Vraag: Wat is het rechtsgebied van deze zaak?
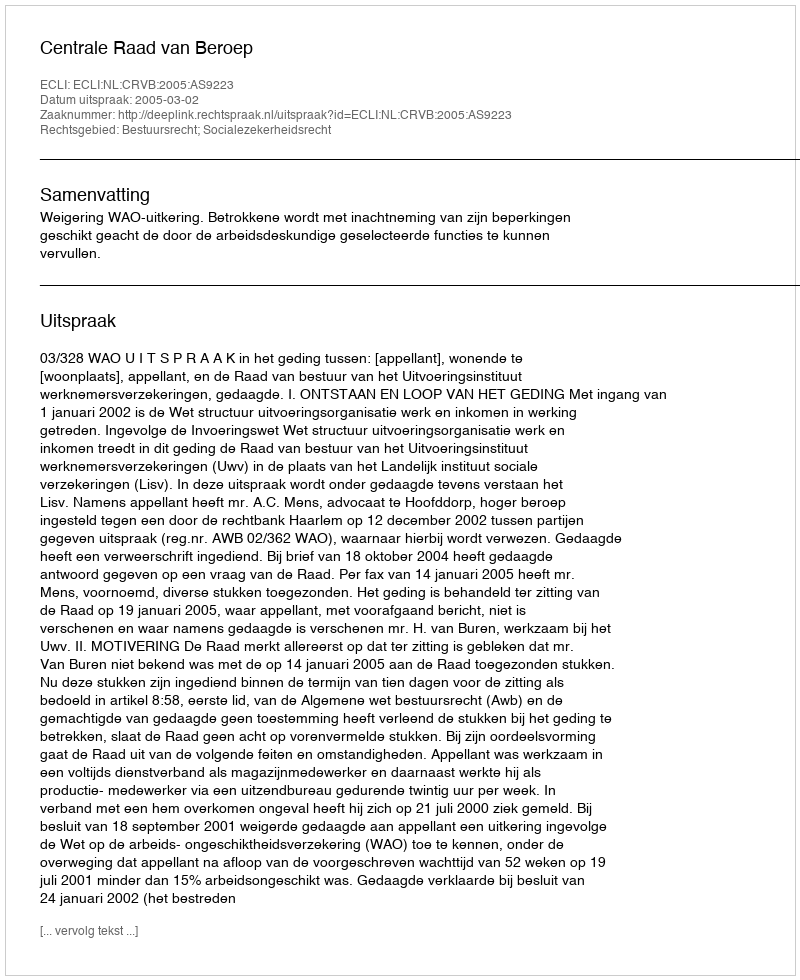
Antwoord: Bestuursrecht; Socialezekerheidsrecht